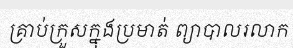
គ្រាប់ក្រួសក្នុងប្រមាត់ ព្យាបាលរលាក